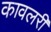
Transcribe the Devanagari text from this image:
कावलरी